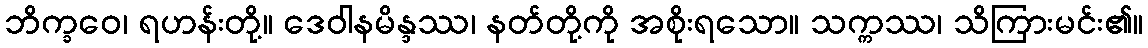
ဘိက္ခဝေ၊ ရဟန်းတို့။ ဒေဝါနမိန္ဒဿ၊ နတ်တို့ကို အစိုးရသော။ သက္ကဿ၊ သိကြားမင်း၏။